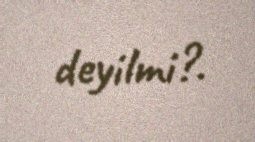
deyilmi?.